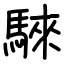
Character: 騋